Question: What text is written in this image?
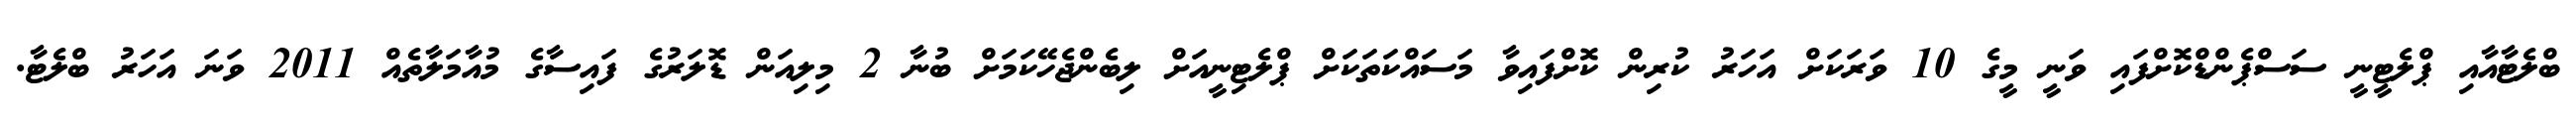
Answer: ބްލެޓާއާއި ޕްލެޓީނީ ސަސްޕެންޑްކޮށްފައި ވަނީ މީގެ 10 ވަރަކަށް އަހަރު ކުރިން ކޮށްފައިވާ މަސައްކަތަކަށް ޕްލެޓިނީއަށް ލިބެންޖެހޭކަމަށް ބުނާ 2 މިލިއަން ޑޮލަރުގެ ފައިސާގެ މުއާމަލާތެއް 2011 ވަނަ އަހަރު ބްލެޓާ.